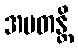
အမတန္တိ